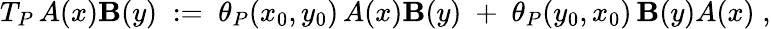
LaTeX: T_{P}\, A(x)\mathbf{B}(y)\; :=\; \theta_{P}(x_{0},y_{0})\, A(x)\mathbf{B}(y)\; +\; \theta_{P}(y_{0},x_{0})\, \mathbf{B}(y)A(x)\; ,